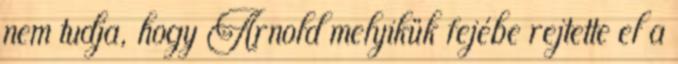
nem tudja, hogy Arnold melyikük fejébe rejtette el a